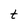
Character: t